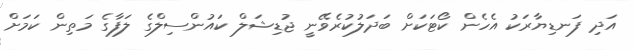
އަދި ފަނޑިޔާރަކު އެހެން ކޯޓަކަށް ބަދަލުކުރެވޭނީ ޖުޑިޝަލް ކައުންސިލްގެ ލަފާގެ މަތިން ކަމަށް